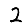
Digit: 2